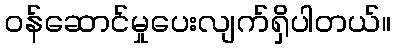
ဝန်ဆောင်မှုပေးလျက်ရှိပါတယ်။